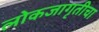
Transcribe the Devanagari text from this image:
लोकजागृतीचा